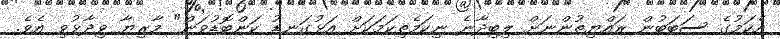
އެކަމުގެ ސަބަބުން ރައްޔިތުންނަށް ލިބިދާނެ ނިކަމެތިކަމަކަށް އަޅުގަނޑު ކަންބޮޑުވަން" މާރިޔާ ވިދާޅުވި އެވެ.